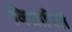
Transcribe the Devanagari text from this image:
विचारिलें